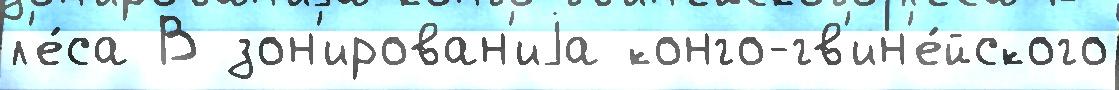
л'е́са В зон'ирован'иjа конго-гв'ин'е́йского